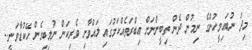
މިދަ ނުބައިމީހުންގެ ނިމުން ދެން ތިބީންނަށް ޢިބްރަތެއްކަމުގައި ލައްވާށި ވެރިކަން ނުލިބިގެން ހޭކުޑާވަނީ..